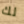
لك